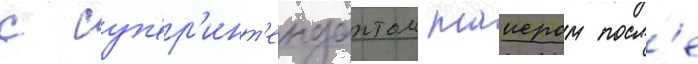
с суп'ер'инт'ендантом таиером посл'е